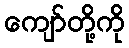
ကျော်တို့ကို